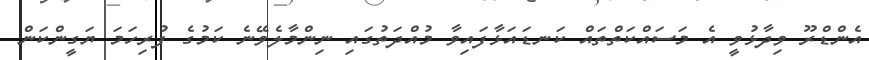
އެންޑްރޫ ވިދާޅުވީ އެ މަސައްކަތްތައް ކަނޑައަޅާފައިވާ މުއްދަތުގައި ނިންމާލެވޭނެ ކަމުގެ ފުރިހަމަ ޔަގީންކަން